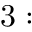
3 : \pentagon